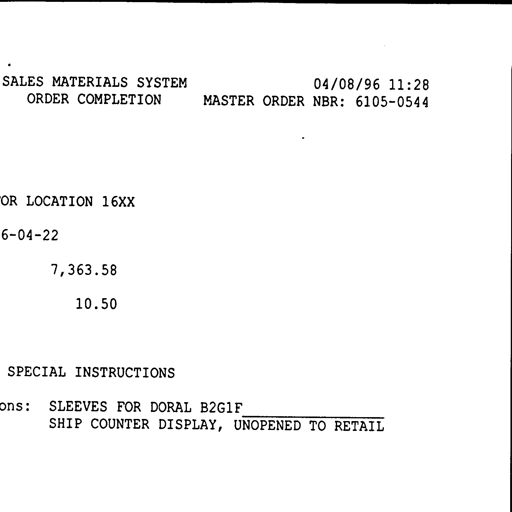
SALES MATERIALS SYSTEM
ORDER COMPLETION
04/08/96 11:28
MASTER ORDER NBR: 6105-0544
FOR LOCATION 16XX
6-04-22
7,363.58
10.50
SPECIAL INSTRUCTIONS
ons: SLEEVES FOR DORAL B2G1F
SHIP COUNTER DISPLAY, UNOPENED TO RETAIL